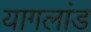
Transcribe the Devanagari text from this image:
यागलांड